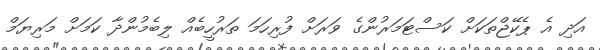
އަދި އެ ޕެކޭޖްތަކަށް ކަސްޓަމަރުންގެ ވަރަށް ފުރިހަމަ ތަރުހީބެއް ލިބެމުންދާ ކަމަށް މަރިޔަމް